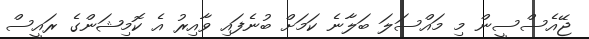
ޖޭއެސްސީން މި މައްސަލަ ބަލާނެ ކަމަށް ބުނެފައި ވާއިރު އެ ކޮމިޝަންގެ ރައީސް